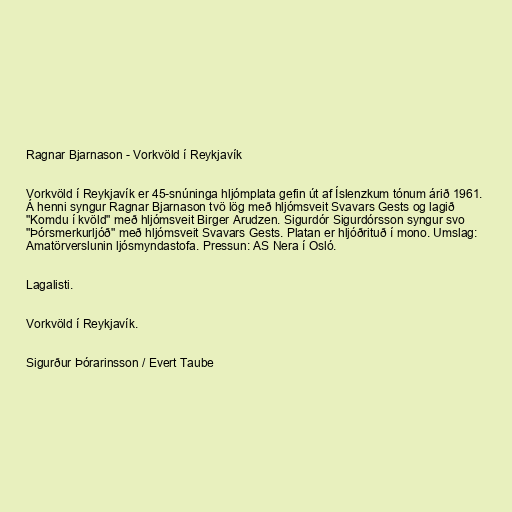
Ragnar Bjarnason - Vorkvöld í Reykjavík

Vorkvöld í Reykjavík er 45-snúninga hljómplata gefin út af Íslenzkum tónum árið 1961.
Á henni syngur Ragnar Bjarnason tvö lög með hljómsveit Svavars Gests og lagið
"Komdu í kvöld" með hljómsveit Birger Arudzen. Sigurdór Sigurdórsson syngur svo
"Þórsmerkurljóð" með hljómsveit Svavars Gests. Platan er hljóðrituð í mono. Umslag:
Amatörverslunin ljósmyndastofa. Pressun: AS Nera í Osló.

Lagalisti.

Vorkvöld í Reykjavík.

Sigurður Þórarinsson / Evert Taube